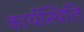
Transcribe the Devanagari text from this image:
कार्यस्थिति